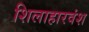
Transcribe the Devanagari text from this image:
शिलाहारवंश